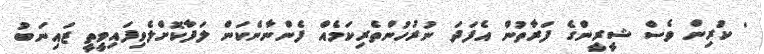
' ކުރިން ވެސް ޝީރީންގެ ފަރާތުން އެފަދަ ނުރުހުންތެރިކަމެއް ފެންނާނެކަން ލަފާކޮށްލެވިފައިވީތީ ޒައިނަބު